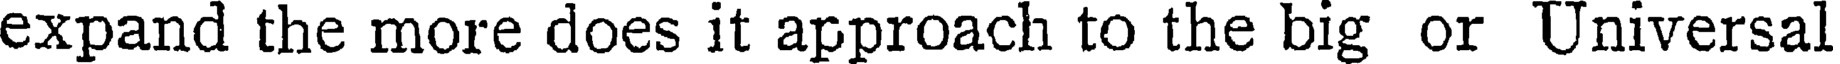
expand the more does it approach to the big or Universal